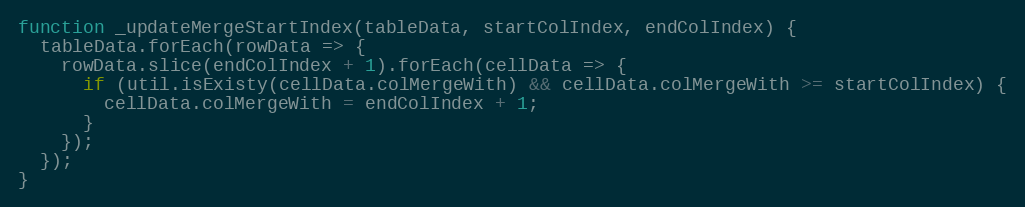
Language: JavaScript
function _updateMergeStartIndex(tableData, startColIndex, endColIndex) {
  tableData.forEach(rowData => {
    rowData.slice(endColIndex + 1).forEach(cellData => {
      if (util.isExisty(cellData.colMergeWith) && cellData.colMergeWith >= startColIndex) {
        cellData.colMergeWith = endColIndex + 1;
      }
    });
  });
}